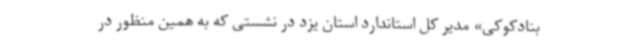
بنادکوکی» مدیر کل استاندارد استان یزد در نشستی که به همین منظور در